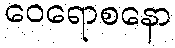
ဝေရောစနော